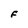
Character: F